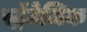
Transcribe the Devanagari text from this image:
स्ट्रॅटेजिक